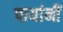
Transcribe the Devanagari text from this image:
पायांनीं